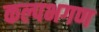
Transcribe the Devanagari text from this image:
कल्पभगण